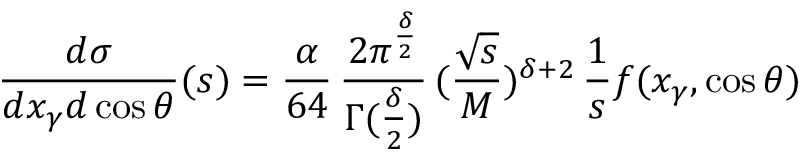
{ \frac { d \sigma } { d x _ { \gamma } d \cos \theta } } ( s ) = { \frac { \alpha } { 6 4 } } \, { \frac { 2 \pi ^ { \frac { \delta } { 2 } } } { \Gamma ( { \frac { \delta } { 2 } } ) } } \, ( { \frac { \sqrt s } { M } } ) ^ { \delta + 2 } \, { \frac { 1 } { s } } f ( x _ { \gamma } , \cos \theta )